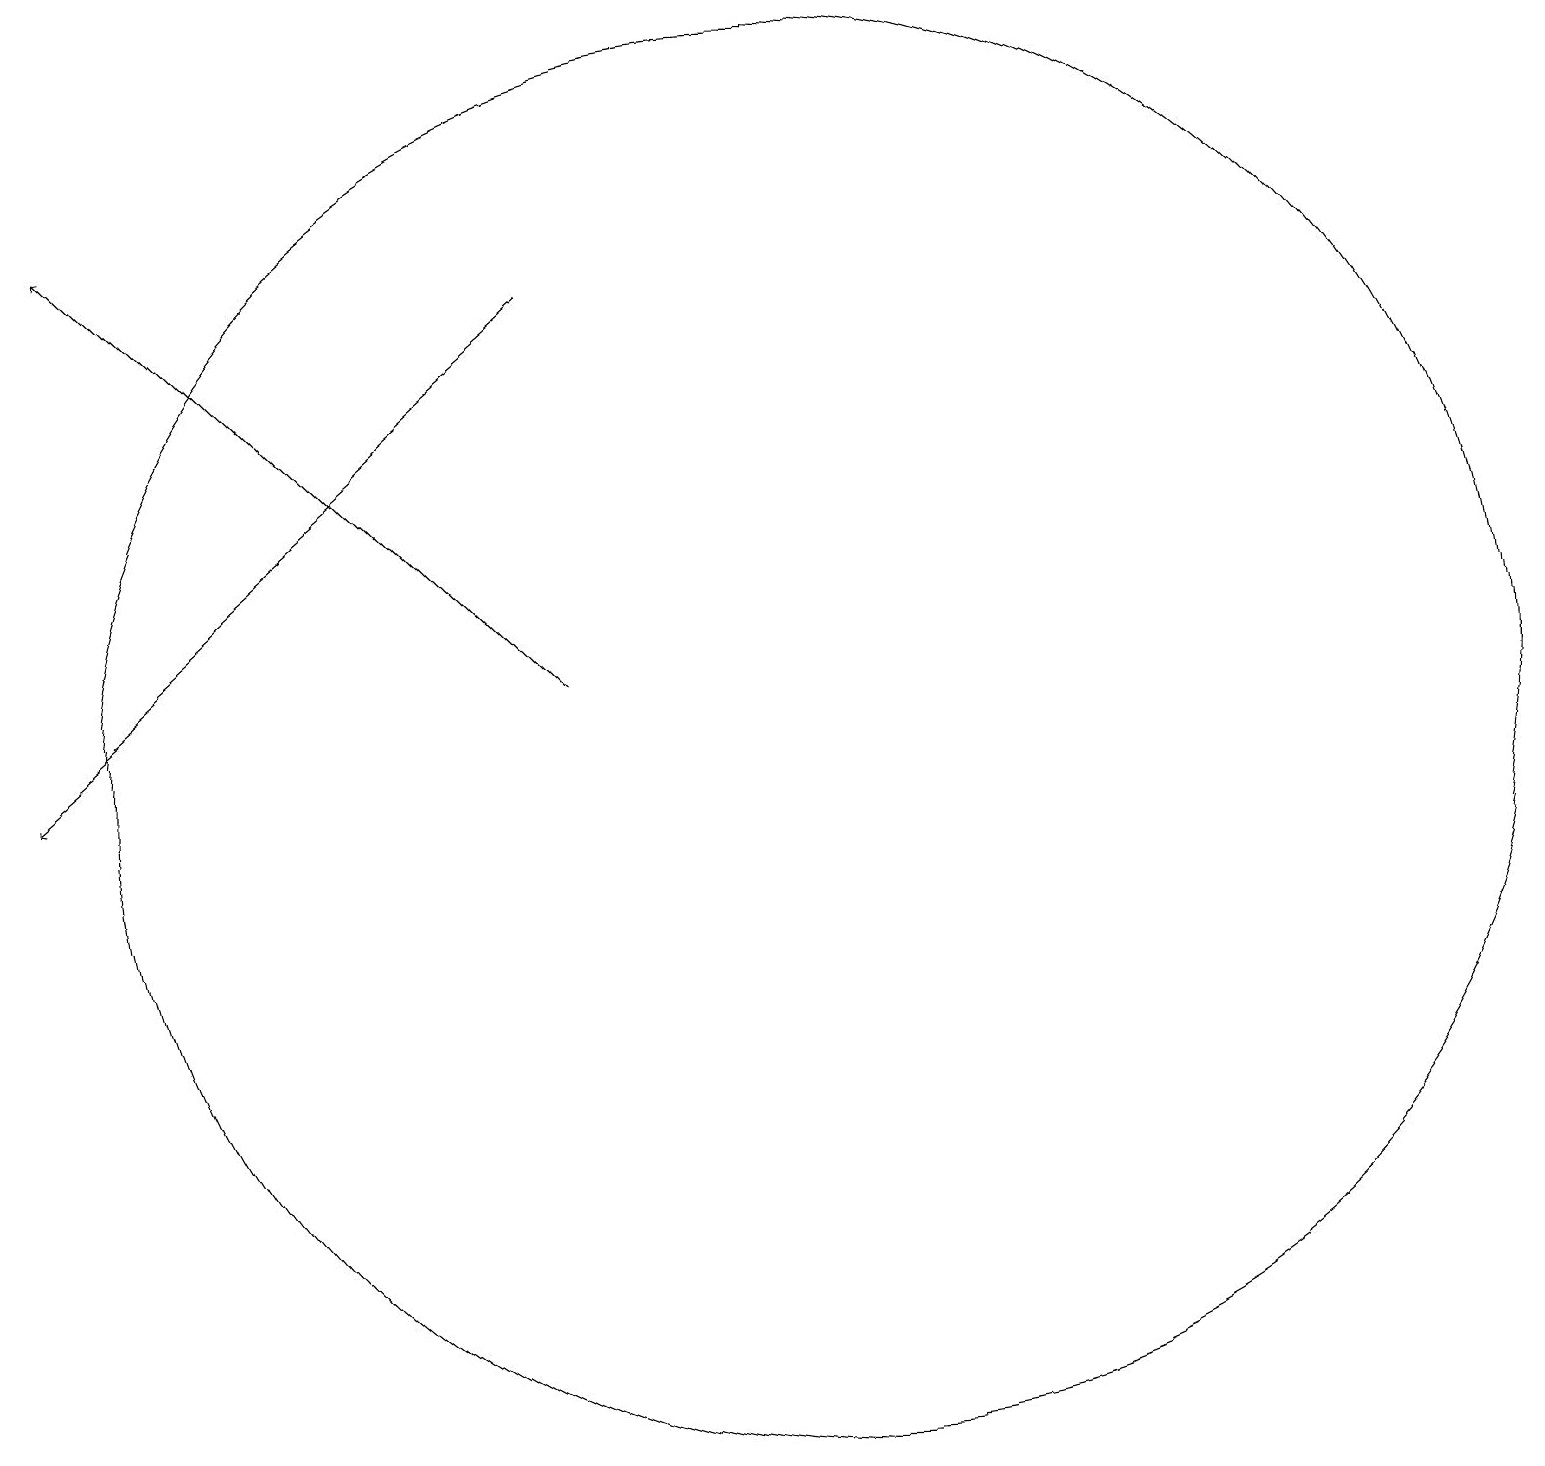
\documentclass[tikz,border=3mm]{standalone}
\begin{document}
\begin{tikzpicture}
\draw (10,12) circle (9);
\draw[->] (7,18) -- (0,12);
\draw[->] (7,13) -- (1,19);
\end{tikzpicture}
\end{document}